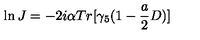
\ln J = - 2 i \alpha T r [ \gamma _ { 5 } ( 1 - \frac { a } { 2 } D ) ]